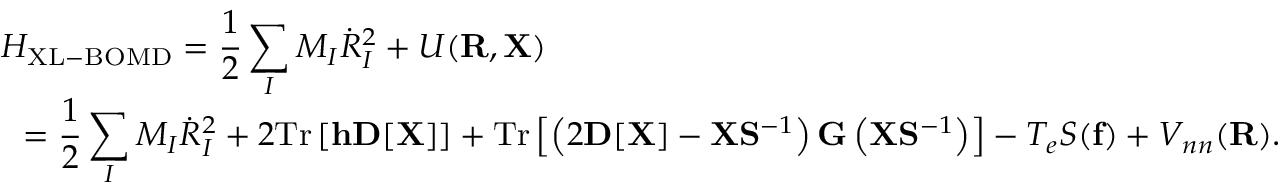
\begin{array} { l } { { \displaystyle { \cal H } _ { \mathrm { X L - B O M D } } = \frac { 1 } { 2 } \sum _ { I } M _ { I } { \dot { R } } _ { I } ^ { 2 } + { \cal U } ( { \bf R } , { \bf X } ) } \ ~ } \\ { { \displaystyle ~ ~ = \frac { 1 } { 2 } \sum _ { I } M _ { I } { \dot { R } } _ { I } ^ { 2 } + 2 \mathrm { T r } \left[ { \bf h } { \bf D } [ { \bf X } ] \right] + \mathrm { T r } \left[ \left( 2 { \bf D } [ { \bf X } ] - { \bf X } { \bf S } ^ { - 1 } \right) { \bf G } \left( { \bf X } { \bf S } ^ { - 1 } \right) \right] - T _ { e } { \cal S } ( { \bf f } ) + V _ { n n } ( { \bf R } ) } . } \end{array}